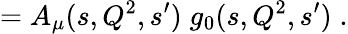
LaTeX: =A_{\mu}(s,Q^{2},s^{\prime})\; g_{0}(s,Q^{2},s^{\prime})\; .